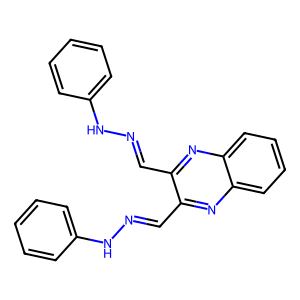
SMILES: C(=NNc1ccccc1)c1nc2ccccc2nc1C=NNc1ccccc1
Inhibits HIV replication: No